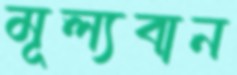
মূল্যবান